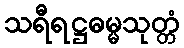
သရီရဋ္ဌဓမ္မသုတ္တံ